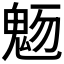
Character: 𩲬